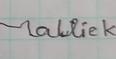
Signature authenticity: forged